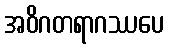
အဝိဂတရာဂဿပေ